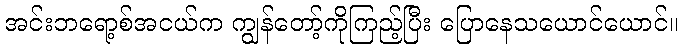
အင်းဘရော့စ်အငယ်က ကျွန်တော့်ကိုကြည့်ပြီး ပြောနေသယောင်ယောင်။